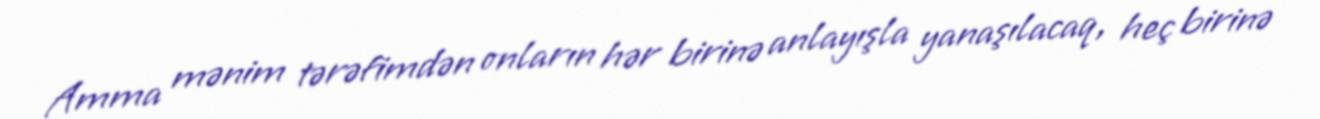
Amma mənim tərəfimdən onların hər birinə anlayışla yanaşılacaq, heç birinə